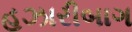
હઝારીબાગ